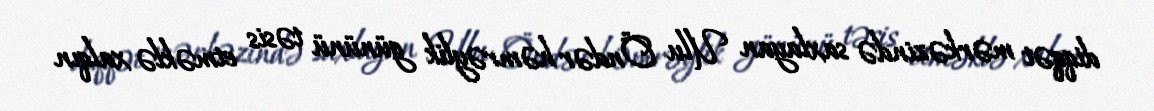
diqqət mərkəzində saxlayan Ulu Öndər həmrəylik gününü təsis etməklə xalqın